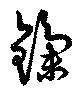
鏶